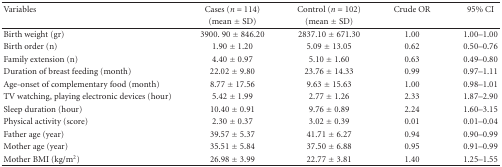
<table><thead><tr><td><b>Variables</b></td><td><b>Cases (<i>n</i> = 114)</b></td><td><b>Control (<i>n</i> = 102)</b></td><td><b>Crude OR</b></td><td><b>95% CI</b></td></tr><tr><td></td><td><b>(mean ± SD)</b></td><td><b>(mean ± SD)</b></td><td></td><td></td></tr></thead><tbody><tr><td>Birth weight (gr)</td><td>3900. 90 ± 846.20</td><td>2837.10 ± 671.30</td><td>1.00</td><td>1.00–1.00</td></tr><tr><td>Birth order (n)</td><td>1.90 ± 1.20</td><td>5.09 ± 13.05</td><td>0.62</td><td>0.50–0.76</td></tr><tr><td>Family extension (n)</td><td>4.40 ± 0.97</td><td>5.10 ± 1.60</td><td>0.63</td><td>0.49–0.80</td></tr><tr><td>Duration of breast feeding (month)</td><td>22.02 ± 9.80</td><td>23.76 ± 14.33</td><td>0.99</td><td>0.97–1.11</td></tr><tr><td>Age-onset of complementary food (month)</td><td>8.77 ± 17.56</td><td>9.63 ± 15.63</td><td>1.00</td><td>0.98–1.01</td></tr><tr><td>TV watching, playing electronic devices (hour)</td><td>5.42 ± 1.99</td><td>2.77 ± 1.26</td><td>2.33</td><td>1.87–2.90</td></tr><tr><td>Sleep duration (hour)</td><td>10.40 ± 0.91</td><td>9.76 ± 0.89</td><td>2.24</td><td>1.60–3.15</td></tr><tr><td>Physical activity (score)</td><td>2.30 ± 0.37</td><td>3.02 ± 0.39</td><td>0.01</td><td>0.01–0.04</td></tr><tr><td>Father age (year)</td><td>39.57 ± 5.37</td><td>41.71 ± 6.27</td><td>0.94</td><td>0.90–0.99</td></tr><tr><td>Mother age (year)</td><td>35.51 ± 5.84</td><td>37.50 ± 6.88</td><td>0.95</td><td>0.91–0.99</td></tr><tr><td>Mother BMI (kg/m<sup>2</sup>)</td><td>26.98 ± 3.99</td><td>22.77 ± 3.81</td><td>1.40</td><td>1.25–1.55</td></tr></tbody></table>